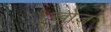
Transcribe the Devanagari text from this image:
खाेज